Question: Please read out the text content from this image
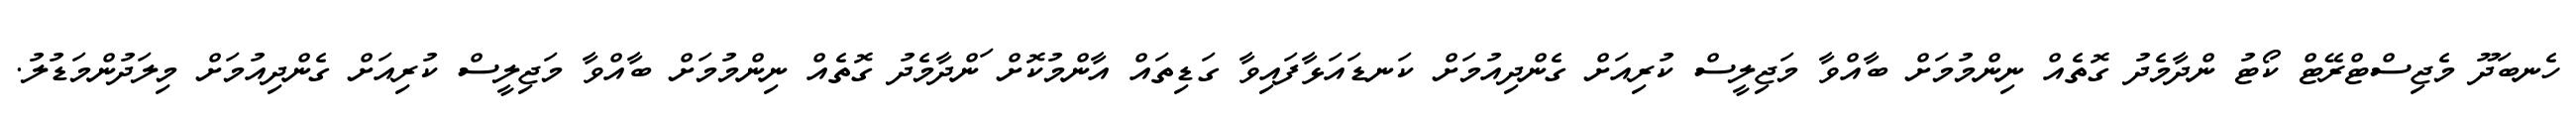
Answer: ހެނބަދޫ މެޖިސްޓްރޭޓް ކޯޓު ންދާމެދު ގޮތެއް ނިންމުމަށް ބާއްވާ މަޖިލީސް ކުރިއަށް ގެންދިއުމަށް ކަނޑައަޅާފައިވާ ގަޑިތައް އާންމުކޮށް ަންދާމެދު ގޮތެއް ނިންމުމަށް ބާއްވާ މަޖިލީސް ކުރިއަށް ގެންދިއުމަށް މިލަދުންމަޑުލު.